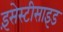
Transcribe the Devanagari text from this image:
इंसेस्टीसाइड